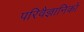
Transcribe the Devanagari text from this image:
परिवैज्ञानिकों